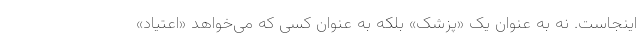
اینجاست. نه به عنوان یک «پزشک» بلکه به عنوان کسی که می‌خواهد «اعتیاد»